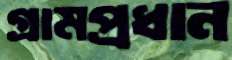
গ্রামপ্রধান